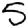
Digit: 5